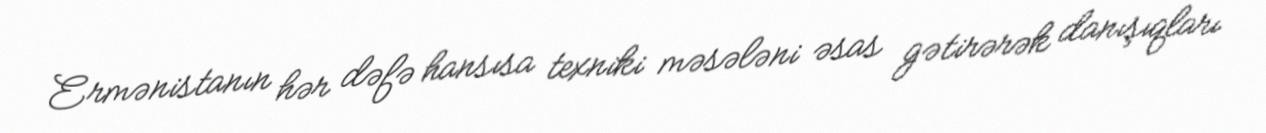
Ermənistanın hər dəfə hansısa texniki məsələni əsas gətirərək danışıqları